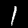
Label: 1